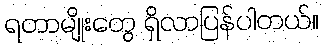
ရတာမျိုးတွေ ရှိလာပြန်ပါတယ်။